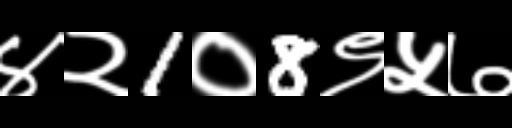
Text: ४२1०8९५७